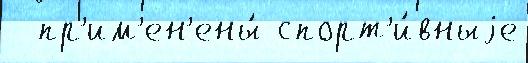
  пр'им'ен'ены́ спорт'и́вныjе